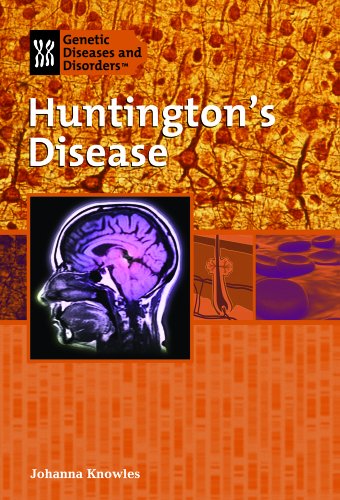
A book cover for Huntington's Disease (Genetic & Developmental Diseases & Disorders); Johanna Knowles; Teen & Young Adult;